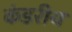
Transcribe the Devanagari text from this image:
कंडरीय